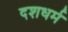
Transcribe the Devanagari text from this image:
दशधर्म